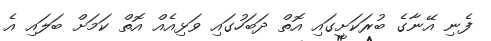
ފެނި އޭނާގެ ބުރަކަށީގައި އޮތް ދަބަހުގައި ވަޅިއެއް އޮތް ކަމަށް ބަލައި އެ